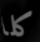
كلا